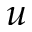
u